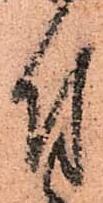
付